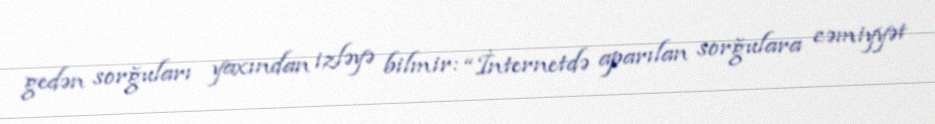
gedən sorğuları yaxından izləyə bilmir: “İnternetdə aparılan sorğulara cəmiyyət